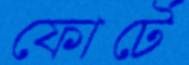
ফোর্টে